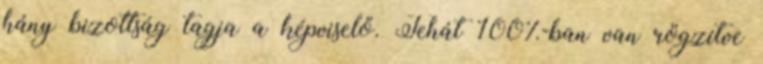
hány bizottság tagja a képviselő. Tehát 100%-ban van rögzítve